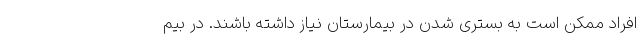
افراد ممکن است به بستری شدن در بیمارستان نیاز داشته باشند. در بیم